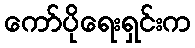
ကော်ပိုရေးရှင်းက